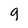
Character: g